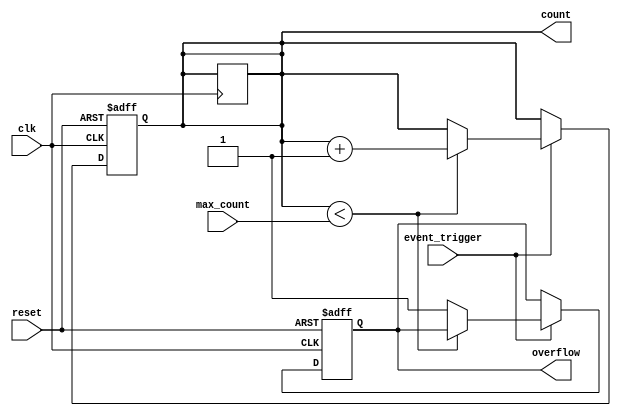
module EventTriggeredCounter (
    input wire clk,                // Clock input
    input wire reset,              // Reset input (active high)
    input wire event_trigger,      // Event trigger input
    input wire [7:0] max_count,    // Maximum count value (preset)
    output reg [7:0] count,        // Current count value
    output reg overflow            // Overflow indicator
);

    // Memory block to store the count value
    reg [7:0] memory_block; 

    // Synchronous reset and counting mechanism
    always @(posedge clk or posedge reset) begin
        if (reset) begin
            count <= 8'b0;           // Clear count on reset
            overflow <= 1'b0;        // Clear overflow indicator
        end else begin
            if (event_trigger) begin
                if (count < max_count) begin
                    count <= count + 1; // Increment count
                end else begin
                    overflow <= 1'b1; // Set overflow if max count reached
                end
            end
        end
    end

    // Memory block write operation
    always @(posedge clk) begin
        memory_block <= count;         // Store the current count in memory block
    end

    // Optional: Provide a way to read from the memory block (if needed)
    assign count = memory_block;      // Current count can be read from memory

endmodule